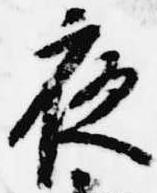
夜